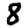
Digit: 8